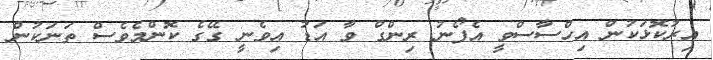
އިރުކޮޅަކުން އިހްސާސްވީ އެފޯނު ރިންގް ވާ އަޑު އިވެނީ ގޭގެ ކޮންމެވެސް ތަނަކުން